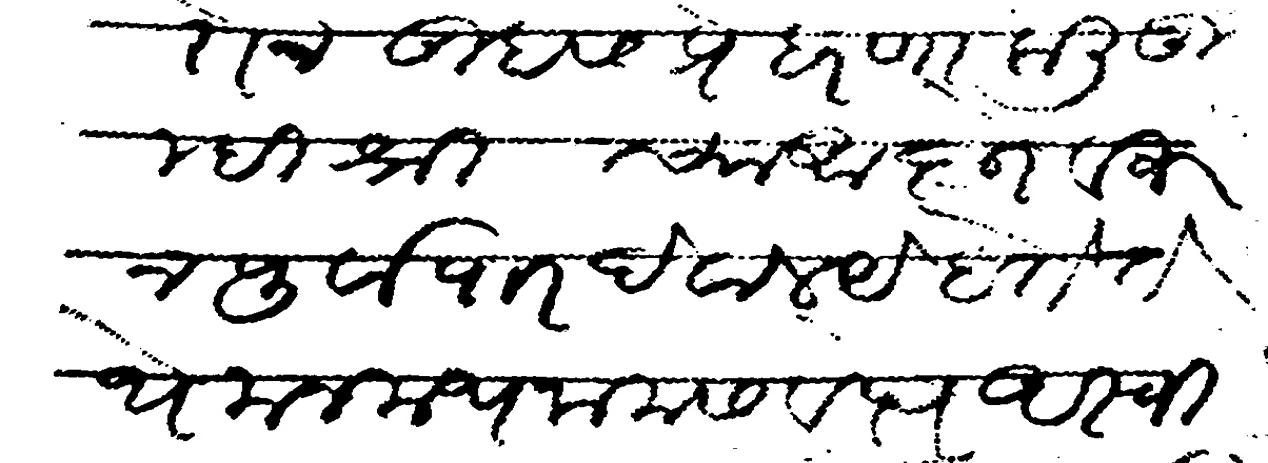
Transliteration (Devanagari): जाऊन दोन तुम्हास प्रेहरणा केली तुम्ही श्री च्या आज्ञेवरुन पुर्वापार देवालये होते ते ये मनमथनाम सवत्छरे अस्वीन